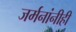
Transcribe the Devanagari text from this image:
जर्मनांनीही